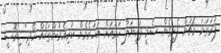
ފުރަތަމަ މެޗުން ފެށިގެން ސެމީ ފައިނަލާ ހަމައަށް އަހަރެމެން ކުރިއެރުންތަކެއް ހޯދި" ޑިރޮސީ